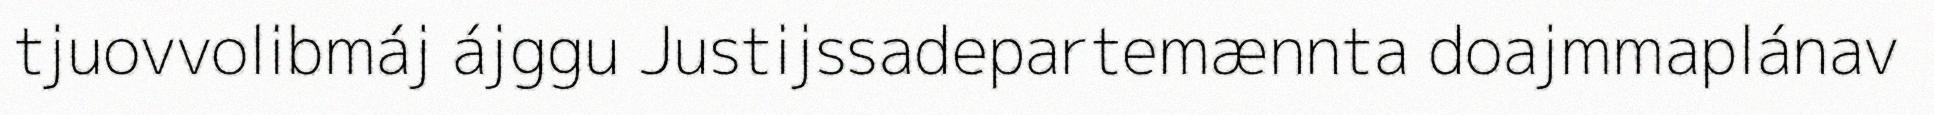
tjuovvolibmáj ájggu Justijssadepartemænnta doajmmaplánav